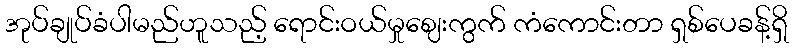
အုပ်ချုပ်ခံပါမည်ဟူသည့် ရောင်းဝယ်မှုဈေးကွက် ကံကောင်းတာ ရှစ်ပေခန့်ရှိ